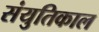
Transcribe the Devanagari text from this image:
संयुतिकाल